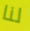
لنا